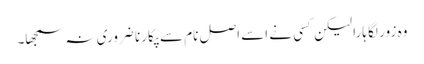
وہ زور لگا ہارا لیکن کسی نے اسے اصل نام سے پکارنا ضروری نہ سمجھا۔